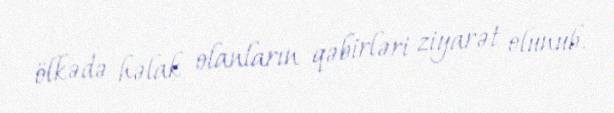
ölkədə həlak olanların qəbirləri ziyarət olunub.